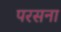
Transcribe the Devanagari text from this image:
परसना